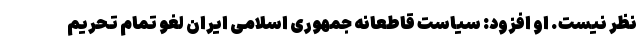
نظر نیست. او افزود: سیاست قاطعانه جمهوری اسلامی ایران لغو تمام تحریم